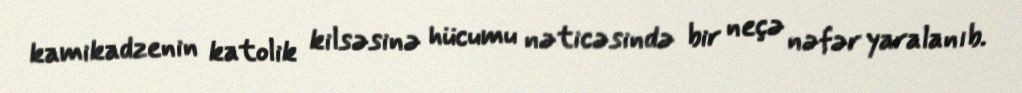
kamikadzenin katolik kilsəsinə hücumu nəticəsində bir neçə nəfər yaralanıb.